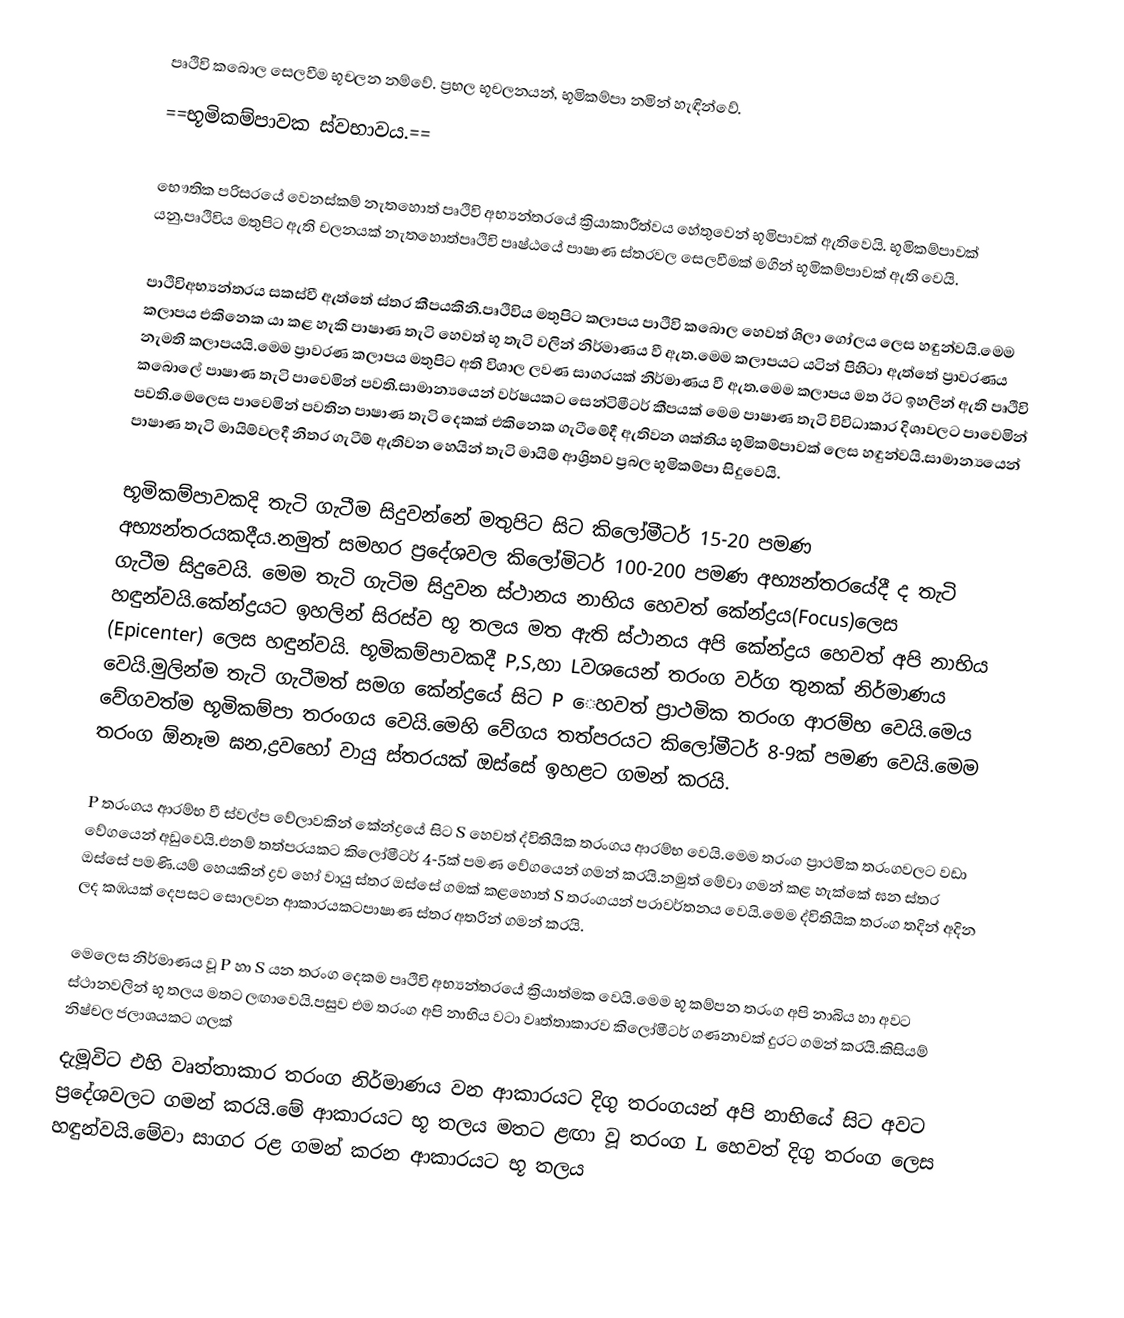
පෘථිවි කබොල සෙලවීම භූචලන නම්වේ. ප්‍රභල  භූචලනයන්, භූමිකම්පා නමින් හැඳින්වේ.
==භූමිකම්පාවක ස්වභාවය.==

භෞතික පරිසරයේ වෙනස්කම් නැතහොත් පෘථිවි අභ්‍යන්තරයේ ක්‍රියාකාරීත්වය හේතුවෙන් භූමිපාවක් ඇතිවෙයි. භූමිකම්පාවක් යනු,පෘථිවිය  මතුපිට ඇති චලනයක් නැතහොත්පෘථිවි පෘෂ්ඨයේ පාෂාණ ස්තරවල සෙලවීමක් මගින් භූමිකම්පාවක් ඇති වෙයි.

පාථිවිඅභ්‍යන්තරය සකස්වී ඇත්තේ ස්තර කීපයකිනි.පෘථිවිය මතුපිට කලාපය පාථිවි කබොල හෙවත් ශිලා ගෝලය ලෙස හඳුන්වයි.මෙම කලාපය එකිනෙක යා කළ හැකි පාෂාණ තැටි හෙවත් භූ තැටි වලින් නිර්මාණය වී ඇත.මෙම කලාපයට යටින් පිහිටා ඇත්තේ ප්‍රාවරණය නැමති කලාපයයි.මෙම ප්‍රාවරණ කලාපය මතුපිට අති විශාල ලවණ සාගරයක් නිර්මාණය වී ඇත.‍මෙම කලාපය මත ඊට ඉහලින් ඇති පෘථිවි කබොලේ පාෂාණ තැටි පාවෙමින් පවති.සාමාන්‍යයෙන් වර්ෂයකට සෙන්ටිමීටර් කීපයක් මෙම පාෂාණ තැටි විවිධාකාර දිශාවල‍ට පාවෙමින් පවති.මෙලෙස පාවෙමින් පවතින පාෂාණ තැටි දෙකක් එකිනෙක ගැටීමේදී ඇතිවන ශක්තිය භූමිකම්පාවක් ලෙස හඳුන්වයි.සාමාන්‍යයෙන් පාෂාණ තැටි මායිම්වලදී නිතර ගැටීම් ඇතිවන හෙයින් තැටි මායිම් ආශ්‍රිතව ප්‍රබල භූමිකම්පා සිදුවෙයි.

භූමිකම්පාවකදි තැටි ගැටීම සිදුවන්නේ මතුපිට සිට කිලෝමීටර් 15-20 පමණ අභ්‍යන්තරයකදීය.නමුත් සමහර ප්‍රදේශවල කිලෝමිටර් 100-200 පමණ අභ්‍යන්තරයේදී ද තැටි ගැටීම සිදුවෙයි. මෙම තැටි ගැටිම සිදුවන ස්ථානය නාභිය හෙවත් කේන්ද්‍රය(Focus)ලෙස හඳුන්වයි.කේන්ද්‍රයට ඉහලින් සිරස්ව භූ තලය මත ඇති ස්ථානය අපි කේන්ද්‍රය හෙවත් අපි නාභිය (Epicenter) ලෙස හඳුන්වයි. භූමිකම්පාවකදී P,S,හා Lවශයෙන් තරංග වර්ග තුනක් නිර්මාණය වෙයි.මුලින්ම තැටි ගැටීමත් සමග කේන්ද්‍ර‍යේ සිට P ෙහවත් ප්‍රාථමික තරංග ආරම්භ වෙයි.මෙය වේගවත්ම භූමිකම්පා තරංගය වෙයි.මෙහි වේගය තත්පරයට කිලෝමීටර් 8-9ක් පමණ වෙයි.මෙම තරංග ඕනෑම ඝන,ද්‍රවහෝ වායු ස්තරයක් ඔස්සේ ඉහළට ගමන් කරයි.

P තරංගය ආරම්භ වී ස්වල්ප වේලාවකින් කේන්ද්‍රයේ සිට S හෙවත් ද්විතියික තරංගය ආරම්භ වෙයි.මෙම තරංග ප්‍රාථමික තරංගවලට වඩා වේගයෙන් අඩුවෙයි.එනම් තත්පරයකට කිලෝමීටර් 4-5ක් පමණ වේගයෙන් ගමන් කරයි.නමුත් මේවා ගමන් කළ හැක්කේ ඝන ස්තර ඔස්සේ පමණි.යම් හෙයකින් ද්‍රව හෝ වායු ස්තර ඔස්සේ ගමක් කළහොත් S තරංගයන් පරාවර්තනය වෙයි.මෙම ද්විතියික තරංග තදින් අදින ලද කඹයක් දෙපසට සොලවන ආකාරයකටපාෂාණ ස්තර අතරින් ගමන් කරයි.

මෙලෙස නිර්මාණය වූ P හා S යන තරංග දෙකම පෘථිවි අභ්‍යන්තරයේ ක්‍රියාත්මක වෙයි.මෙම භූ කම්පන තරංග අපි නාබිය හා අවට ස්ථානවලින් භූ තලය මතට ලඟාවෙයි.පසුව එම තරංග අපි නාභිය වටා වෘත්තාකාරව කිලෝමීටර් ගණනාවක් දුරට ගමන් කරයි.කිසියම් නිෂ්චල ජලාශයකට ගලක්
දැමූවිට එහි වෘත්තාකාර තරංග නිර්මාණය වන ආකාරයට දිගු තරංගයන් අපි නාභියේ සිට අවට ප්‍රදේශවලට ගමන් කරයි.මේ ආකාරයට භූ තලය මතට ළඟා වූ තරංග L හෙවත් දිගු තරංග ලෙස හඳුන්වයි.මේවා සාගර රළ ගමන් කරන ආකාරයට භූ තලය